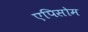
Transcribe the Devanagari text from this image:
एपिसोम